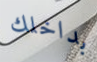
بداخلك